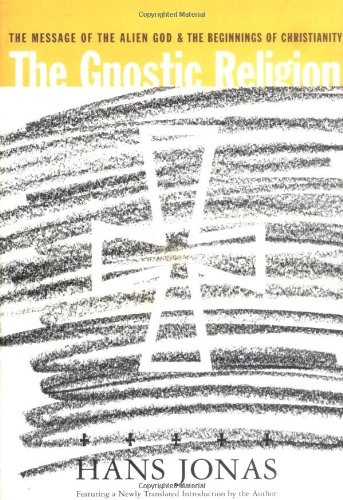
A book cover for The Gnostic Religion; Hans Jonas; Christian Books & Bibles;